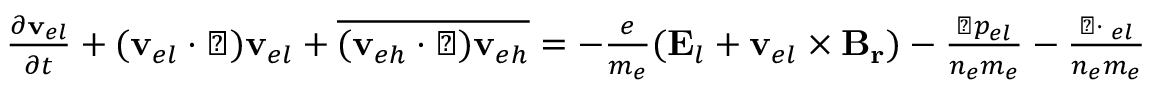
\begin{array} { r } { \frac { \partial \mathbf { v } _ { e l } } { \partial t } + ( \mathbf { v } _ { e l } \cdot \triangledown ) \mathbf { v } _ { e l } + \overline { { ( \mathbf { v } _ { e h } \cdot \triangledown ) \mathbf { v } _ { e h } } } = - \frac { e } { m _ { e } } ( \mathbf { E } _ { l } + \mathbf { v } _ { e l } \times \mathbf { B _ { r } } ) - \frac { \triangledown p _ { e l } } { n _ { e } m _ { e } } - \frac { \triangledown \cdot { \bf \Pi } _ { e l } } { n _ { e } m _ { e } } } \end{array}